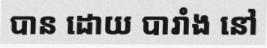
បាន ដោយ បារាំង នៅ